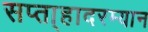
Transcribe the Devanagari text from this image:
सप्ता्हादरम्यान